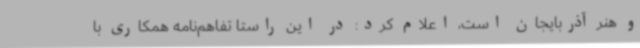
و هنر آذربایجان است، اعلام کرد: در این راستا تفاهم‌نامه‌ همکاری با